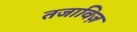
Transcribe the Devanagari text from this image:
तजाविज़